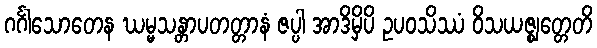
ဂင်္ဂါသောတေန ဃမ္မသန္တာပတတ္တာနံ ဇပ္ပါ အာဒိမှိပိ ဥပဝသိဿံ ဝိသယဇ္ဈတ္တေတိ